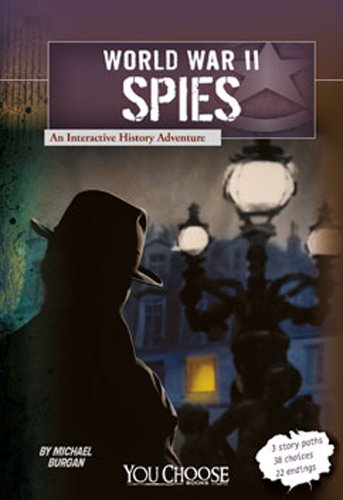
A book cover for World War II Spies: An Interactive History Adventure (You Choose: World War II); Michael Burgan; Children's Books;